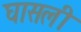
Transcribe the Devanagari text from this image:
घासली